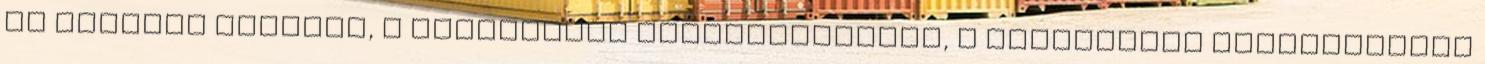
az állandó stressz, a gyerekkori drogfogyasztás, a fiatalkorú alkoholizmus